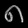
Digit: ၈